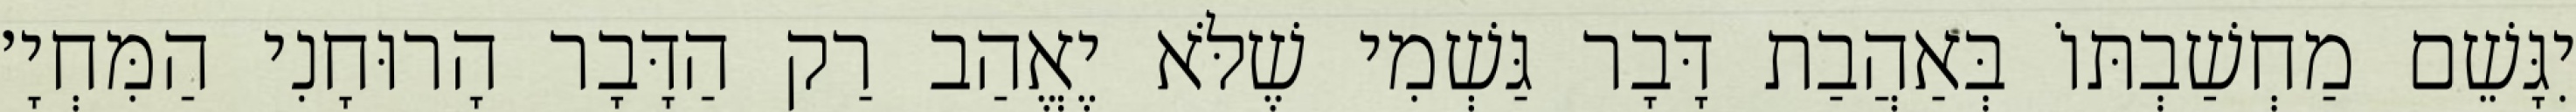
יִגָּשֵׁם מַחְשַׁבְתּוֹ בְּאַהֲבַת דָּבָר גַּשְׁמִי שֶׁלֹּא יֶאֱהַב רַק הַדָּבָר הָרוּחָנִי הַמִּחְיָ׳